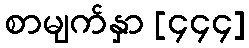
စာမျက်နှာ [၄၄၄]